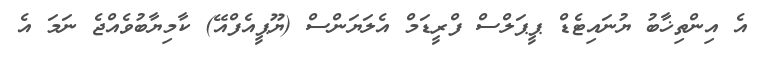
އެ އިންތިޚާބު ޔުނައިޓެޑް ޕީޕަލްސް ފްރީޑަމް އެލަޔަންސް (ޔޫޕީއެފްއޭ) ކާމިޔާބުވެއްޖެ ނަމަ އެ